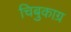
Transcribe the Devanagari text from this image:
चिबुकाग्र